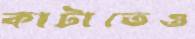
কাটাতেও